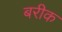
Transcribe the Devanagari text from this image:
बरीक